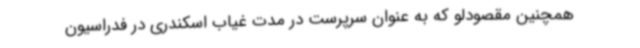
همچنین مقصودلو که به عنوان سرپرست در مدت غیاب اسکندری در فدراسیون